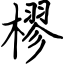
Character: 樛